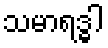
သမာရဒ္ဓါ